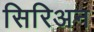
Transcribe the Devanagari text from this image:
सिरिअन